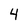
Character: 4